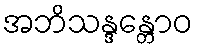
အဘိသန္ဒန္တောဝ